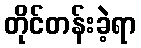
တိုင်တန်းခဲ့ရာ